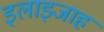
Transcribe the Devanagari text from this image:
इलाइजाह